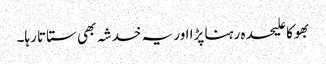
بھوکا علیحدہ رہنا پڑا اور یہ خدشہ بھی ستاتا رہا۔